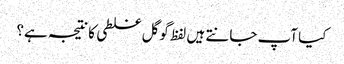
کیا آپ جانتے ہیں لفظ گوگل غلطی کا نتیجہ ہے؟